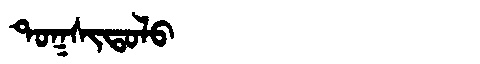
Manchu: ᡨᠣᡴᠰᡳᡨᠣᠯᠣ
Romanization: TOKSITOLO